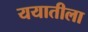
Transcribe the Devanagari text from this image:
ययातीला